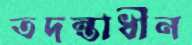
তদন্তাধীন